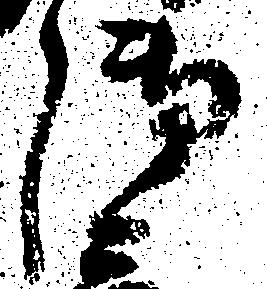
御